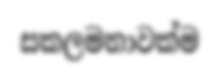
සකලමනාවක්ම